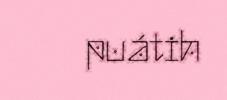
puátih